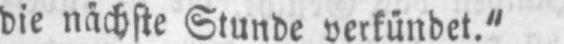
die nächste Stunde verkündet.“